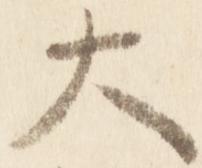
大